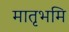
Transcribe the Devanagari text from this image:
मातृभमि